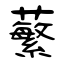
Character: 蘩